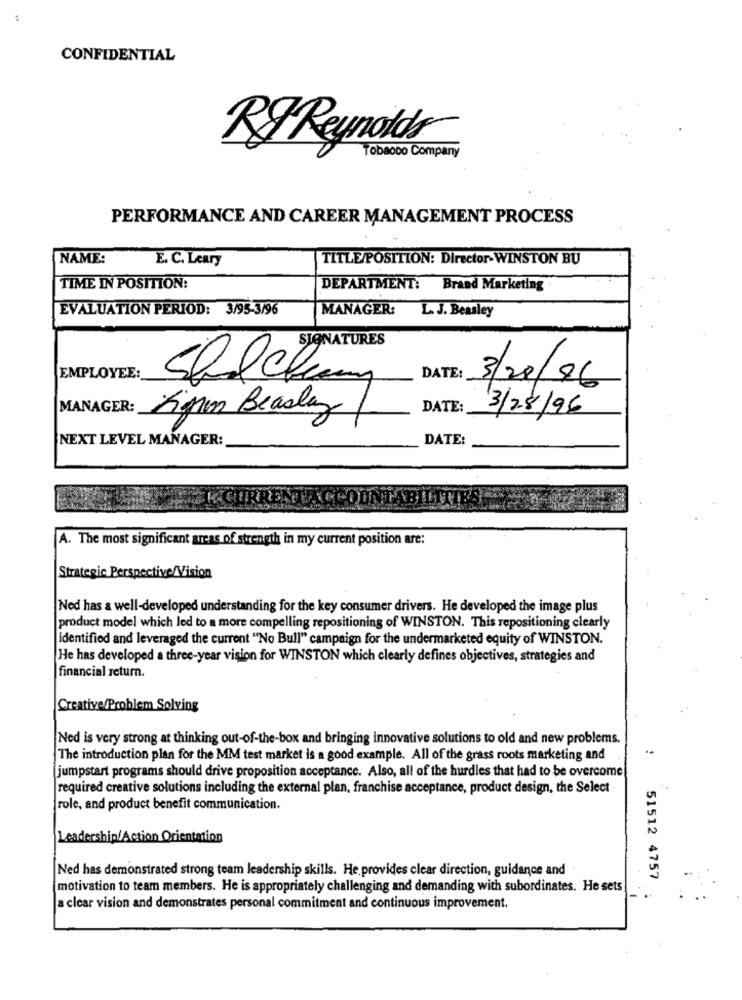
CONFIDENTIAL
Tobacco Company
RFReynolds
PERFORMANCE AND CAREER MANAGEMENT PROCESS
NAME:
E. C. Leary
TITLE/POSITION: Director-WINSTON BU
TIME IN POSITION:
DEPARTMENT: Brand Marketing
EVALUATION PERIOD: 3/95-3/96
MANAGER:
L. J. Beasley
SIGNATURES
EMPLOYEE:
DATE:
3/20/96
MANAGER:
DATE:
3/28/96
Sigrun Beasley
NEXT LEVEL MANAGER:
DATE:
A. The most significant areas of strength in my current position are:
Strategic Perspective/Vision
Ned has a well-developed understanding for the key consumer drivers. He developed the image plus
product model which led to a more compelling repositioning of WINSTON. This repositioning clearly
identified and leveraged the current "No Bull" campaign for the undermarketed equity of WINSTON.
He has developed a three-year vision for WINSTON which clearly defines objectives, strategies and
financial return.
Creative/Problem Solving
Ned is very strong at thinking out-of-the-box and bringing innovative solutions to old and new problems.
The introduction plan for the MM test market is a good example. All of the grass roots marketing and
jumpstart programs should drive proposition acceptance. Also, all of the hurdles that had to be overcome
required creative solutions including the external plan, franchise acceptance, product design, the Select
role, and product benefit communication.
Leadership/Action Orientation
Ned has demonstrated strong team leadership skills. He provides clear direction, guidance and
51512 4757
motivation to team members. He is appropriately challenging and demanding with subordinates. He sets
a clear vision and demonstrates personal commitment and continuous improvement.